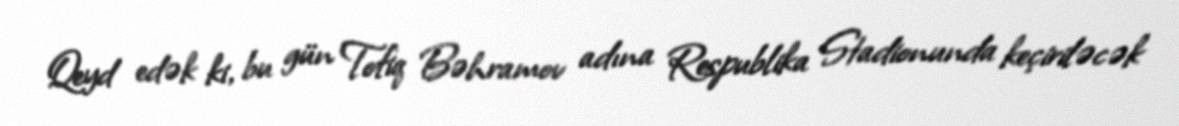
Qeyd edək ki, bu gün Tofiq Bəhramov adına Respublika Stadionunda keçiriləcək